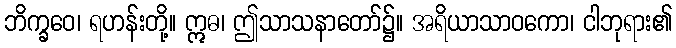
ဘိက္ခဝေ၊ ရဟန်းတို့။ ဣဓ၊ ဤသာသနာတော်၌။ အရိယာသာဝကော၊ ငါဘုရား၏